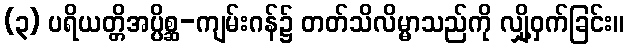
(၃) ပရိယတ္တိအပ္ပိစ္ဆ-ကျမ်းဂန်၌ တတ်သိလိမ္မာသည်ကို လျှို့ဝှက်ခြင်း။